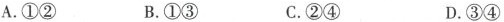
A.①② B.①③ C.②④ D.③④